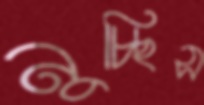
নুচ্ছিস